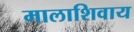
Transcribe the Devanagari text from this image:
मालाशिवाय